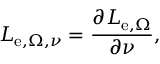
L _ { \mathrm { e } , \Omega , \nu } = { \frac { \partial L _ { \mathrm { e } , \Omega } } { \partial \nu } } ,